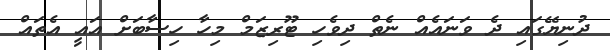
ދުނިޔޭގައި ދެ ވަނައެއް ނެތް ދިވެހި ޓޫރިޒަމް މިހާ ހިސާބަށް އައީ އެތައް